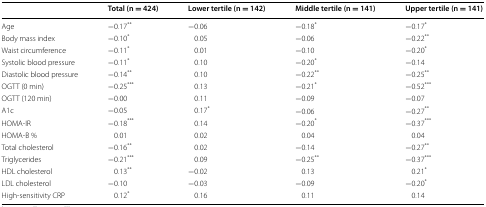
<table><thead><tr><td></td><td><b>Total (n = 424)</b></td><td><b>Lower tertile (n = 142)</b></td><td><b>Middle tertile (n = 141)</b></td><td><b>Upper tertile (n = 141)</b></td></tr></thead><tbody><tr><td>Age</td><td>−0.17<sup>**</sup></td><td>−0.06</td><td>−0.18<sup>*</sup></td><td>−0.17<sup>*</sup></td></tr><tr><td>Body mass index</td><td>−0.10<sup>*</sup></td><td>0.05</td><td>−0.06</td><td>−0.22<sup>**</sup></td></tr><tr><td>Waist circumference</td><td>−0.11<sup>*</sup></td><td>0.01</td><td>−0.10</td><td>−0.20<sup>*</sup></td></tr><tr><td>Systolic blood pressure</td><td>−0.11<sup>*</sup></td><td>0.10</td><td>−0.20<sup>*</sup></td><td>−0.14</td></tr><tr><td>Diastolic blood pressure</td><td>−0.14<sup>**</sup></td><td>0.10</td><td>−0.22<sup>**</sup></td><td>−0.25<sup>**</sup></td></tr><tr><td>OGTT (0 min)</td><td>−0.25<sup>***</sup></td><td>0.13</td><td>−0.21<sup>*</sup></td><td>−0.52<sup>***</sup></td></tr><tr><td>OGTT (120 min)</td><td>−0.00</td><td>0.11</td><td>−0.09</td><td>−0.07</td></tr><tr><td>A1c</td><td>−0.05</td><td>0.17<sup>*</sup></td><td>−0.06</td><td>−0.27<sup>**</sup></td></tr><tr><td>HOMA-IR</td><td>−0.18<sup>***</sup></td><td>0.14</td><td>−0.20<sup>*</sup></td><td>−0.37<sup>***</sup></td></tr><tr><td>HOMA-B %</td><td>0.01</td><td>0.02</td><td>0.04</td><td>0.04</td></tr><tr><td>Total cholesterol</td><td>−0.16<sup>**</sup></td><td>0.02</td><td>−0.14</td><td>−0.27<sup>**</sup></td></tr><tr><td>Triglycerides</td><td>−0.21<sup>***</sup></td><td>0.09</td><td>−0.25<sup>**</sup></td><td>−0.37<sup>***</sup></td></tr><tr><td>HDL cholesterol</td><td>0.13<sup>**</sup></td><td>−0.02</td><td>0.13</td><td>0.21<sup>*</sup></td></tr><tr><td>LDL cholesterol</td><td>−0.10</td><td>−0.03</td><td>−0.09</td><td>−0.20<sup>*</sup></td></tr><tr><td>High-sensitivity CRP</td><td>0.12<sup>*</sup></td><td>0.16</td><td>0.11</td><td>0.14</td></tr></tbody></table>